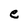
Character: e